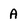
Character: A